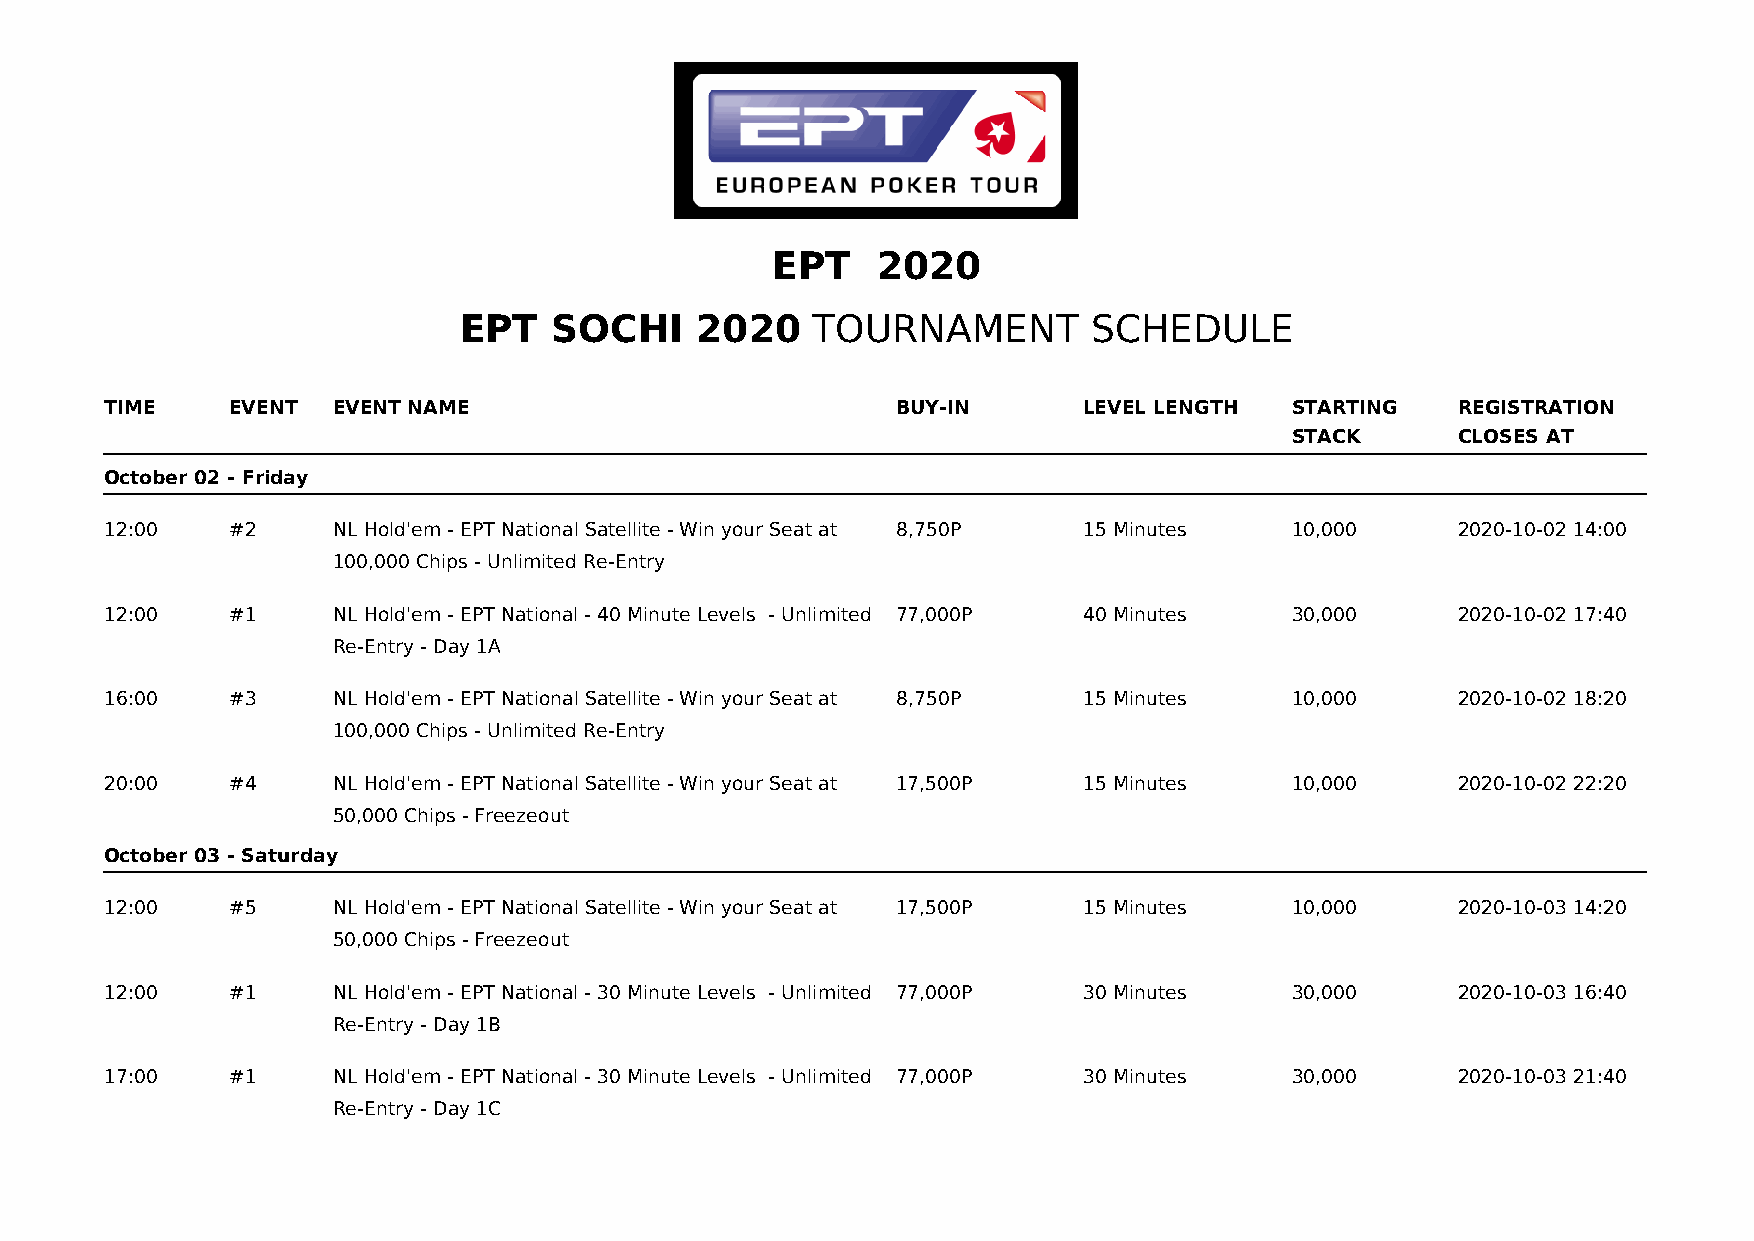
EPT    2020
 EPT    SOCHI    2020    TOURNAMENT        SCHEDULE
 TIME    EVENT  EVENT NAME                           BUY-IN       LEVEL LENGTH  STARTING   REGISTRATION
 STACK      CLOSES AT
 October 02 - Friday
 12:00   #2     NL Hold'em - EPT National Satellite - Win your Seat at 8,750P 15 Minutes 10,000 2020-10-02 14:00
 100,000 Chips - Unlimited Re-Entry
 12:00   #1     NL Hold'em - EPT National - 40 Minute Levels - Unlimited 77,000P 40 Minutes 30,000 2020-10-02 17:40
 Re-Entry - Day 1A
 16:00   #3     NL Hold'em - EPT National Satellite - Win your Seat at 8,750P 15 Minutes 10,000 2020-10-02 18:20
 100,000 Chips - Unlimited Re-Entry
 20:00   #4     NL Hold'em - EPT National Satellite - Win your Seat at 17,500P 15 Minutes 10,000 2020-10-02 22:20
 50,000 Chips - Freezeout
 October 03 - Saturday
 12:00   #5     NL Hold'em - EPT National Satellite - Win your Seat at 17,500P 15 Minutes 10,000 2020-10-03 14:20
 50,000 Chips - Freezeout
 12:00   #1     NL Hold'em - EPT National - 30 Minute Levels - Unlimited 77,000P 30 Minutes 30,000 2020-10-03 16:40
 Re-Entry - Day 1B
 17:00   #1     NL Hold'em - EPT National - 30 Minute Levels - Unlimited 77,000P 30 Minutes 30,000 2020-10-03 21:40
 Re-Entry - Day 1C